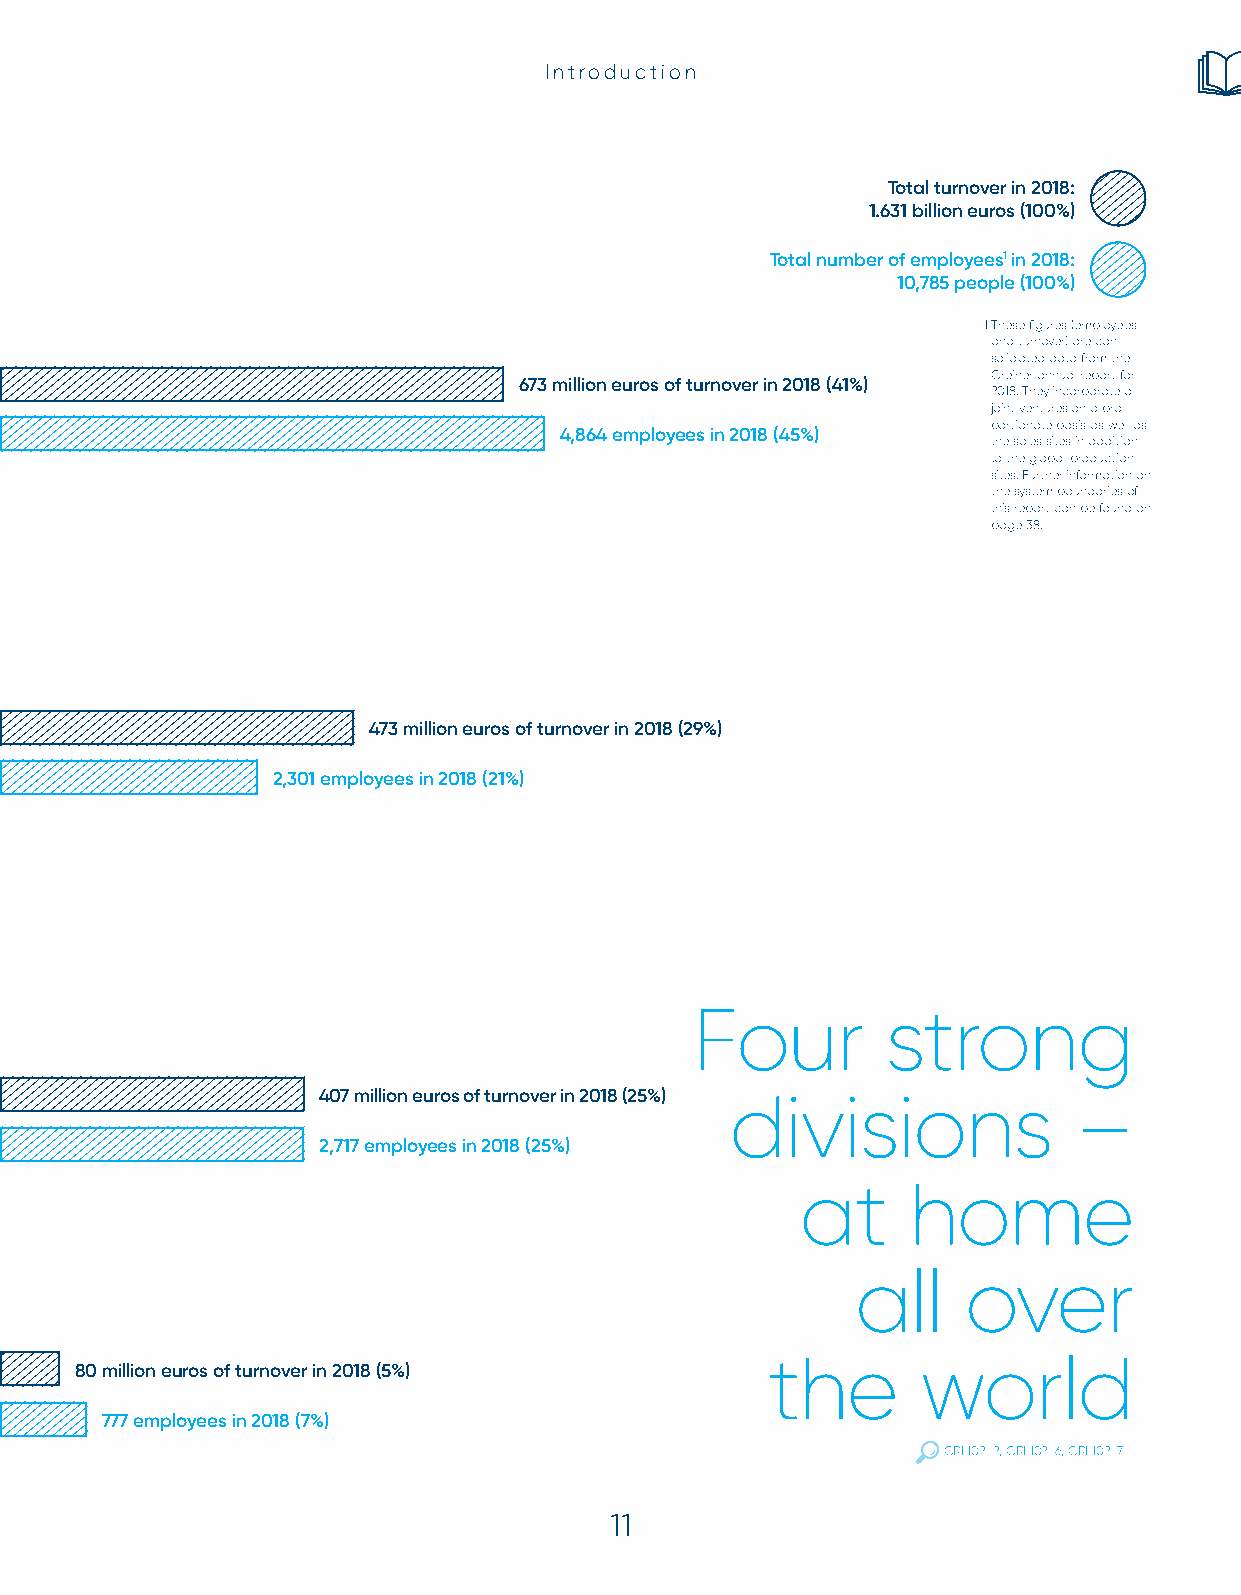
Introduction
 Total turnover in 2018:
 1.631 billion euros (100%)
 Total number of employees1 in 2018:
 10,785 people (100%)
 1 These figures (employees
 and turnover) are con-
 solidated data from the
 Greiner annual report for
 673 million euros of turnover in 2018 (41%)
 2018. They incorporate all
 joint ventures on a pro-
 portionate basis as well as
 4,864 employees in 2018 (45%)
 the sales sites in addition
 to the global production
 sites. Further information on
 the system boundaries of
 this report can be found on
 page 38.
 473 million euros of turnover in 2018 (29%)
 2,301 employees in 2018 (21%)
 Four         strong
 407 million euros of turnover in 2018 (25%) divisions –
 2,717 employees in 2018 (25%)
 at     home
 all    over
 the       world
 80 million euros of turnover in 2018 (5%)
 777 employees in 2018 (7%)
 GRI 102-2, GRI 102-6, GRI 102-7
 11